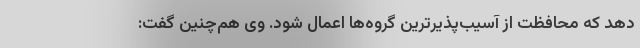
دهد که محافظت از آسیب‌پذیرترین گروه‌ها اعمال شود. وی هم‌چنین گفت: